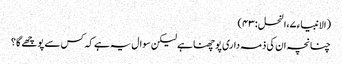
(الانبیاء ۷،النحل :۳ ۴)
چنانچہ ان کی ذمہ داری پوچھنا ہے لیکن سوال یہ ہے کہ کس سے پوچھے گا؟